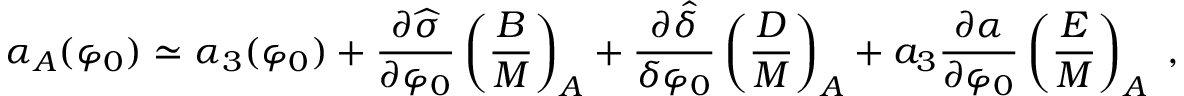
\alpha _ { A } ( \varphi _ { 0 } ) \simeq \alpha _ { 3 } ( \varphi _ { 0 } ) + { \frac { \partial \widehat \sigma } { \partial \varphi _ { 0 } } } \left( { \frac { B } { M } } \right) _ { A } + { \frac { \partial \widehat \delta } { \delta \varphi _ { 0 } } } \left( { \frac { D } { M } } \right) _ { A } + a _ { 3 } { \frac { \partial \alpha } { \partial \varphi _ { 0 } } } \left( { \frac { E } { M } } \right) _ { A } \ ,